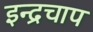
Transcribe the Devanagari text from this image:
इन्द्रचाप